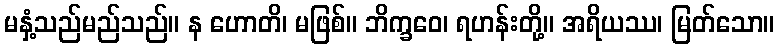
မနှံ့သည်မည်သည်။ န ဟောတိ၊ မဖြစ်။ ဘိက္ခဝေ၊ ရဟန်းတို့။ အရိယဿ၊ မြတ်သော။